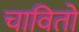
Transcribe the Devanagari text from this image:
चावितो